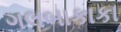
ગલબાકાકા